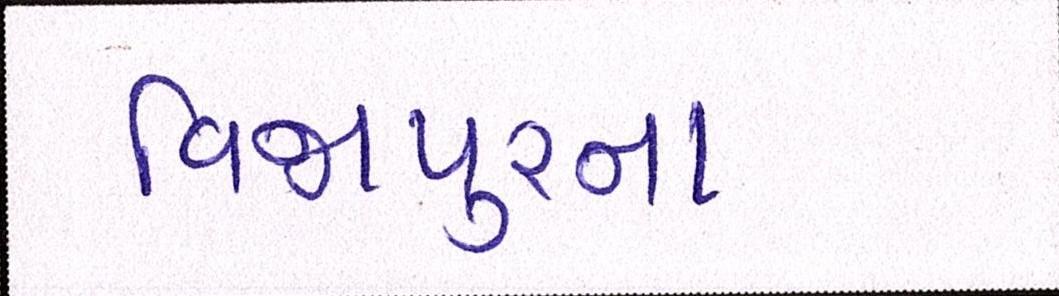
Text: વિજાપુરના